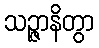
သဉ္ဇာနိတွာ